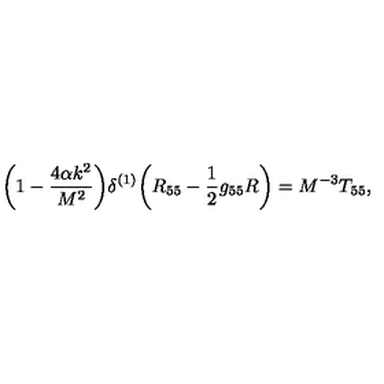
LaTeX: \bigg ( 1 - \frac { 4 \alpha k ^ { 2 } } { M ^ { 2 } } \bigg ) \delta ^ { ( 1 ) } \bigg ( R _ { 5 5 } - \frac { 1 } { 2 } g _ { 5 5 } R \bigg ) = M ^ { - 3 } T _ { 5 5 } ,